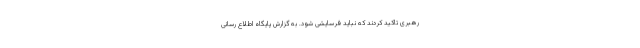
رهبری تاکید کردند که نباید فرسایشی شود. به گزارش پایگاه اطلاع رسانی